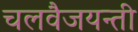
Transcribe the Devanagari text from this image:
चलवैजयन्ती